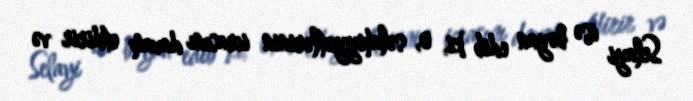
Selayi isə bəyan edib ki, o, səlahiyyətlərinin icrasını davam etdirir və